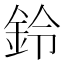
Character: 鈴